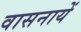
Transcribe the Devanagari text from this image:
वासनायें